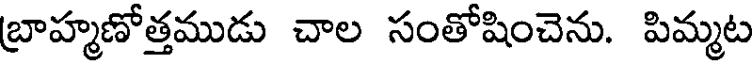
బ్రాహ్మణోత్తముడు చాల సంతోషించెను. పిమ్మట